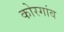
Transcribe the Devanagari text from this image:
कोरगांव